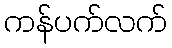
ကန်ပက်လက်